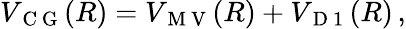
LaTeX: V_{\mathrm{~C~G~}}(R)=V_{\mathrm{~M~V~}}(R)+V_{\mathrm{~D~1~}}(R)\, ,